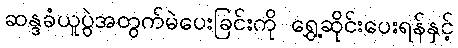
ဆန္ဒခံယူပွဲအတွက်မဲပေးခြင်းကို ရွှေ့ဆိုင်းပေးရန်နှင့်